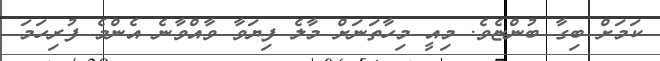
ކަމަށް ބިގާ ބުންޏެވެ. މިއީ މިހާތަނަށް މާލެ ފިޔަވާ ވާއްވާނެ އެންމެ ފުރިހަމަ